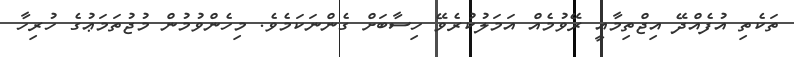
ތަކެތި އުފެއްދޭ އިޖްތިމާޢީ ރޭވުމެއް އަމަލުކުރެވޭ ހިސާބަށް ގެންނަކަމެވެ. މިހެންވުމުން މުޖުތަމަޢުގެ ހުރިހާ